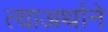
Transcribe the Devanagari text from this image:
त्याअर्थाने